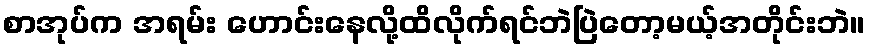
စာအုပ်က အရမ်း ဟောင်းနေလို့ထိလိုက်ရင်ဘဲပြဲတော့မယ့်အတိုင်းဘဲ။